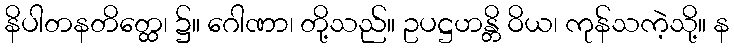
နိပါတနတိတ္ထေ၊ ၌။ ဂေါဏာ၊ တို့သည်။ ဥပဋ္ဌဟန္တိ ဝိယ၊ ကုန်သကဲ့သို့။ န